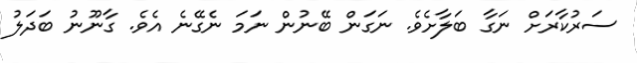
ސަރުކާރަށް ނަގާ ބަލާށެވެ. ނަގަން ބޭނުން ނަމަ ނެގޭނެ އެވެ. ގާނޫނު ބަދަލު